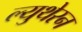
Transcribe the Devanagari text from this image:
ल्युथेरन